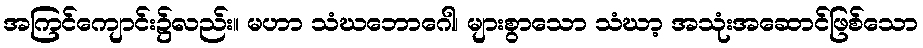
အကြင်ကျောင်း၌လည်း။ မဟာ သံဃဘောဂေါ၊ များစွာသော သံဃာ့ အသုံးအဆောင်ဖြစ်သော